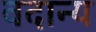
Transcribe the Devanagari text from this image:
वदान्य